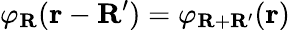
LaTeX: \varphi_{\mathbf{R}}(\mathbf{r}-\mathbf{R^{\prime}})=\varphi_{\mathbf{R}+\mathbf{R^{\prime}}}(\mathbf{r})